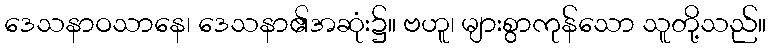
ဒေသနာဝသာနေ၊ ဒေသနာ၏အဆုံး၌။ ဗဟူ၊ များစွာကုန်သော သူတို့သည်။